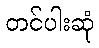
တင်ပါးဆုံ